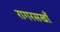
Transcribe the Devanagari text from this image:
रागरसखाँ